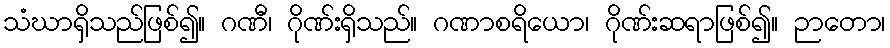
သံဃာရှိသည်ဖြစ်၍။ ဂဏီ၊ ဂိုဏ်းရှိသည်။ ဂဏာစရိယော၊ ဂိုဏ်းဆရာဖြစ်၍။ ဉာတော၊